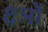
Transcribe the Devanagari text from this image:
क्ष्त्रों